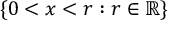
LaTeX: \{ 0 < x < r : r \in \mathbb { R } \}